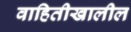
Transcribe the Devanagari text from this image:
वाहितीखालील